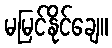
မမြင်နိုင်ချေ။